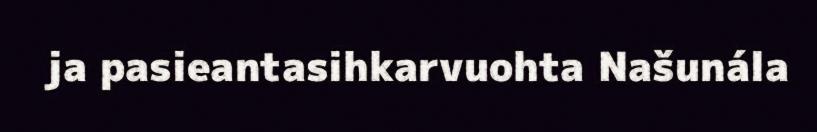
ja pasieantasihkarvuohta Našunála